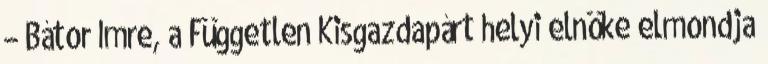
– Bátor Imre, a Független Kisgazdapárt helyi elnöke elmondja